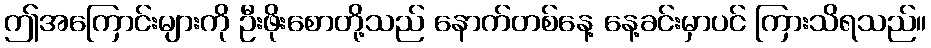
ဤအကြောင်းများကို ဦးဖိုးစောတို့သည် နောက်တစ်နေ့ နေ့ခင်းမှာပင် ကြားသိရသည်။